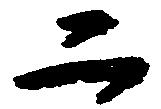
二